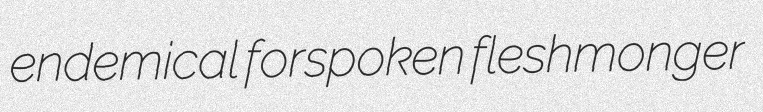
endemical forspoken fleshmonger